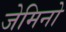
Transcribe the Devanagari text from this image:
जेमिनो